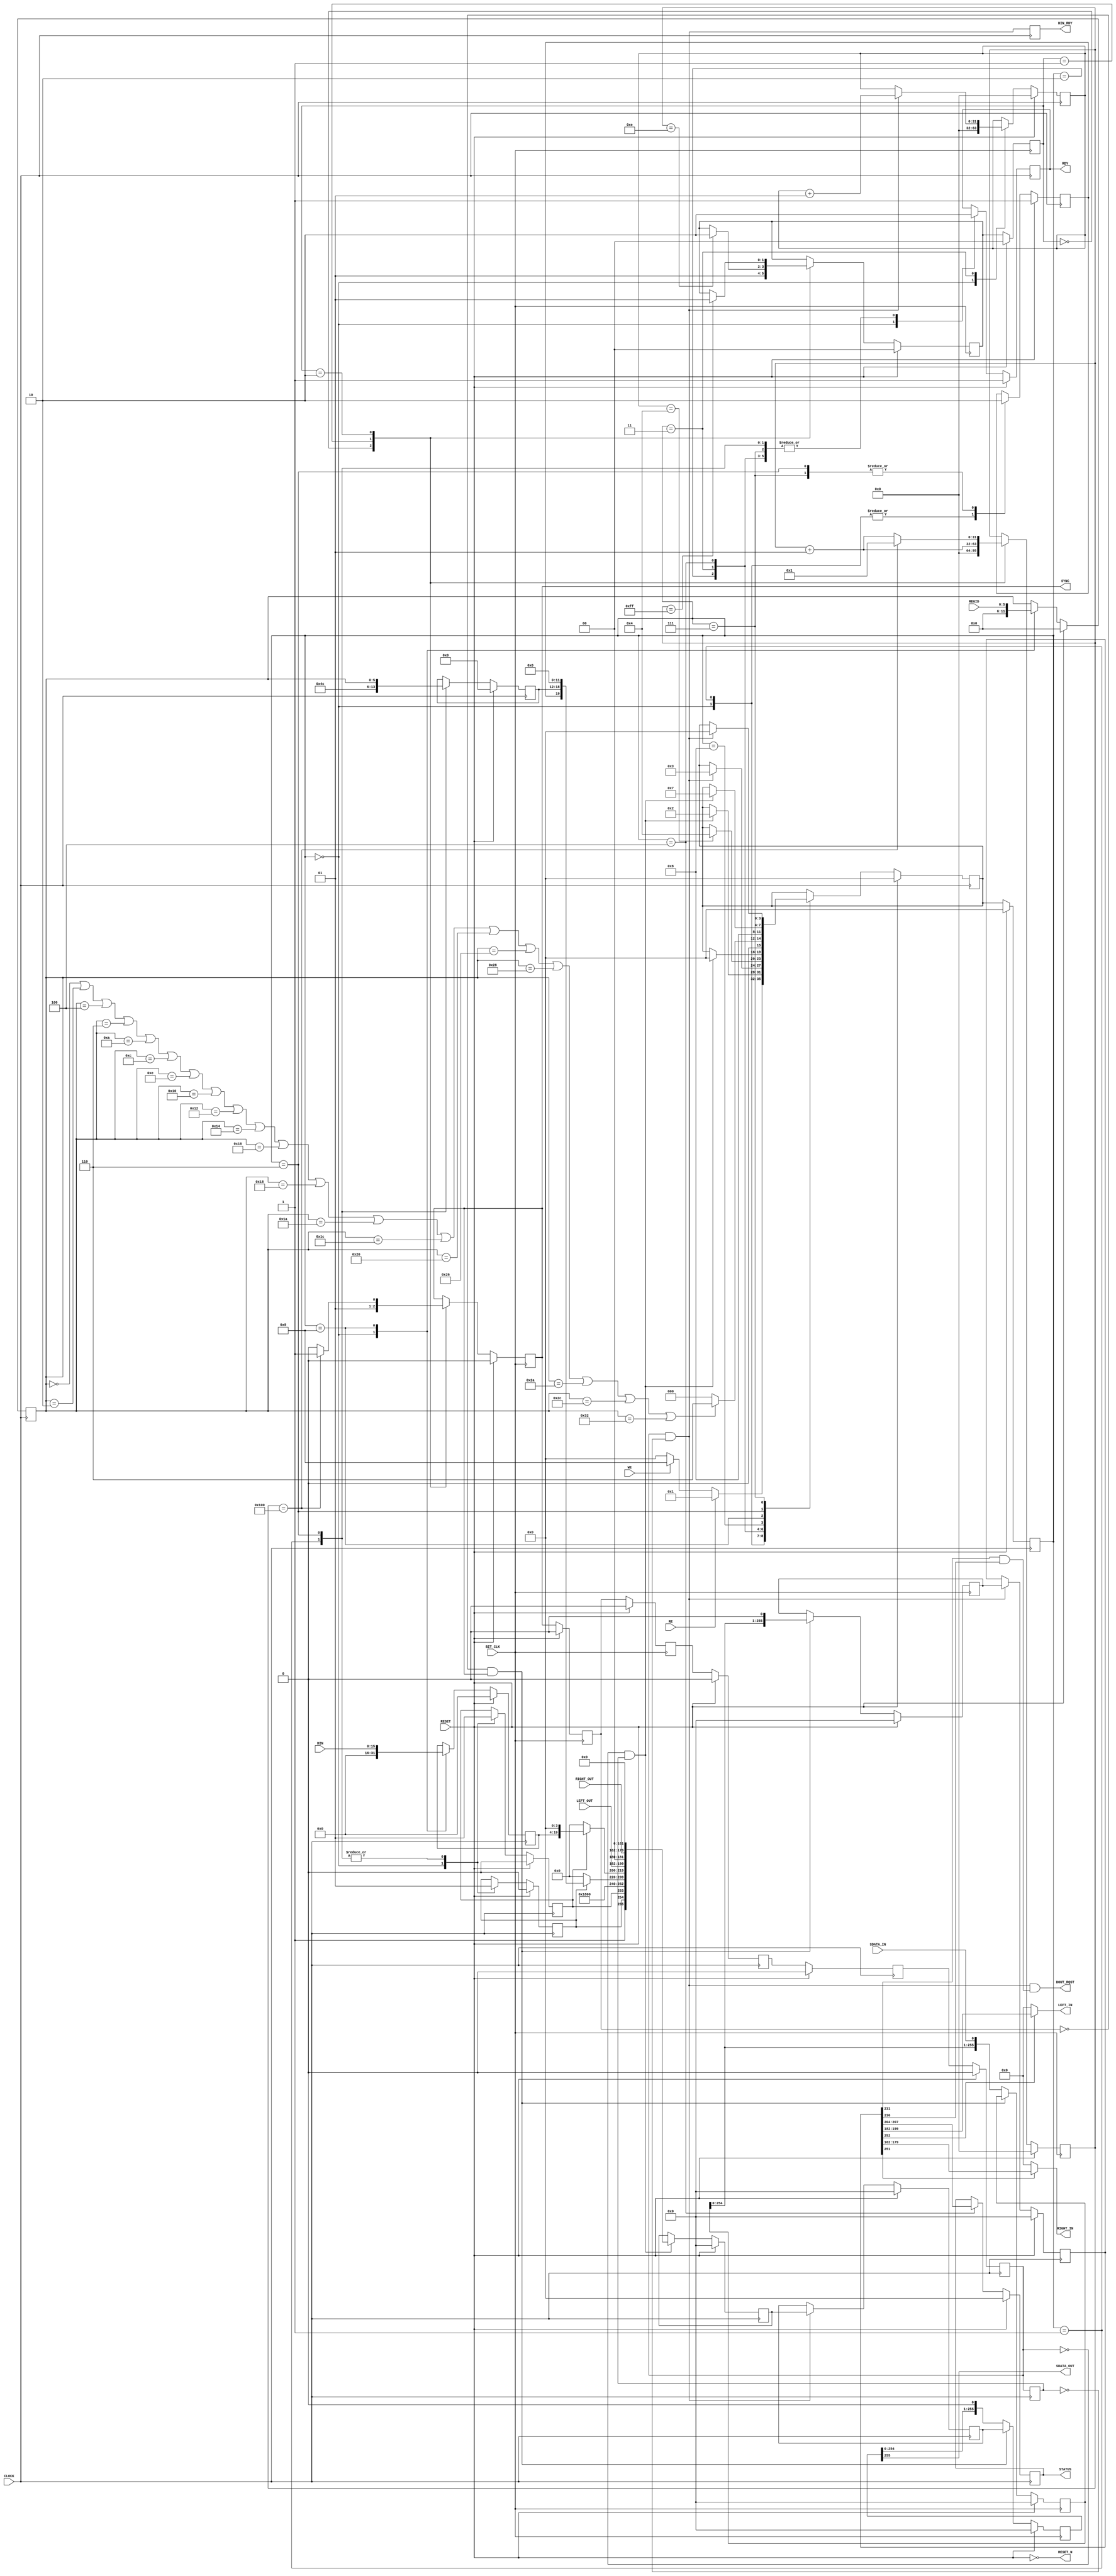
`timescale 1ns/1ps

module LM4550_controler(
                SDATA_IN,
                SDATA_OUT,
                SYNC,
                BIT_CLK,
                RESET_N,
                DIN,
                REGID,
                STATUS,
                WE,
                RE,
                RDY,
                DIN_RDY,
                RIGHT_IN,
                LEFT_IN,
                DOUT_RQST,
                RIGHT_OUT,
                LEFT_OUT,
                RESET,
                CLOCK);
                
  input WE,RE,RESET,CLOCK,BIT_CLK;
  input [5:0]REGID;//especifica q registo  para escrever
  input [15:0]DIN;//data para configurar registos do codec so escreve qnd WE esta activo
  input [17:0] RIGHT_OUT,LEFT_OUT;//Sinais de audio para o DAC do codec
  input SDATA_IN;//serial data vinda do codec interface de leitura com o codec 256 bits pra ler
  
  output [3:0]STATUS;//estados dos registos de configurao do codec
  output RDY;//restrio de leitura e escrita no registo de configuraao
  output DIN_RDY;//diz que uma nova amostra de audio(LEFT_IN,RIGHT_IN) se encotra pronta a ser utilizada
  output [17:0]RIGHT_IN,LEFT_IN;//amostras de audio
  output DOUT_RQST;//bit que simboliza uma nova amostra de audio para ser mandada para o codec
  output SDATA_OUT;//data serie para ser enviado para o codec 
  output SYNC;// sinal de sincronismo 
  output RESET_N; //sinal de reset para o codec active low
  
//Inputs Outputs cm o codec
wire WE,RE;
wire BIT_CLK;
wire [5:0] REGID;
wire [15:0] DIN;
wire [17:0]RIGHT_OUT,LEFT_OUT;
wire SDATA_IN;

//Inputs Outputs 
wire [3:0] STATUS;
reg RDY,DIN_RDY;
wire [17:0] RIGHT_IN,LEFT_IN;
wire DOUT_RQST;
wire SDATA_OUT;//<-----devia ser wire
reg SYNC;
wire RESET_N;


assign RESET_N=(~ RESET);//


//###############################FSM PARA GERAO Do SYNC#############################
reg [1:0] STATE,NEXTSTATE;
integer count;
parameter INI =2'b00,
          S1=2'b01,
          S2=2'b10;

always @(posedge BIT_CLK)//OR POSEDGE RESETR
  begin
   if(RESET)
        STATE<=INI;
    else
      STATE<=NEXTSTATE;
  end

always @(posedge BIT_CLK)
if ( RESET )
  NEXTSTATE <= INI;
else
   case(STATE)
      INI:
			NEXTSTATE<=S1;
      S1:
        if(count==14)
			NEXTSTATE<=S2;
	S2:
		if(count==255)
			NEXTSTATE<=S1;
		
	endcase

  always @(posedge BIT_CLK)
  if ( RESET )
  begin
    SYNC<=0;
    count<=0;
  end 
  else
     case(STATE)
       INI:
           begin
              SYNC<=0;
              count<=0;
            end
        S1:begin
            SYNC<=1;
            count<=count+1;
           end
        S2: 
			if(count==256)
                begin
			          count<=1;
			           SYNC<=1;
			    end
            else
              begin
               SYNC<=0;
               count<=count+1;
              end
   endcase

////FSM PARA RECEBER ENVIAR DADOS CODEC////////////////////
reg SYNC_REGISTER_READY;
wire POSEDGE_SYNC_REGISTER,NEGEDGE_SYNC_REGISTER;
reg DELAY_SYNC1,DELAY_SYNC2,DELAY_SYNC_REGISTER,SYNC_REGISTER,DELAY_SYNC_REGISTER2;
wire NEGEDGE_SYNC;
reg [3:0] STATUS_REG;
wire POSEDGE_SYNC;//<<<<<<<<<<<<<<<<<<<<<<<<<<<<<<<<<tava wire




 //-----------------------------------------------------------------------------------------------------------------
 //enviar e receber os bits em serie
reg [255:0] DATA_RECEIVED;
reg [255:0] DATA_TO_SEND;
reg [255:0] OUT_SHIFT, IN_SHIFT;
 
 always @(posedge BIT_CLK)
	begin
		if(RESET)
				begin
					OUT_SHIFT<=0;
				end
		else if(POSEDGE_SYNC)
				begin
					OUT_SHIFT<=DATA_TO_SEND;
				end
		else
				begin
					OUT_SHIFT<={OUT_SHIFT[254:0],1'b0};
					//IN_SHIFT={IN_SHIFT[254:0],SDATA_IN};
				end
		end
	
//-----leitura no negedge escrita  no posefge
	always @(negedge BIT_CLK)
		begin
		if(RESET)
		begin
		  IN_SHIFT<=0;
		  DATA_RECEIVED<=0;
		end
		else if(POSEDGE_SYNC)
					DATA_RECEIVED<={IN_SHIFT[254:0],1'b0};
			else
				IN_SHIFT <= {IN_SHIFT[254:0],SDATA_IN};
		end
	
 assign SDATA_OUT=OUT_SHIFT[255];
 

	//#############################SEPARAR DOMINIOS DE RELOGIO
	
	
	
always @(posedge BIT_CLK)
if ( RESET )
begin
  DELAY_SYNC1<=0;
  DELAY_SYNC2<=0;
end
else
    begin
      DELAY_SYNC1<=SYNC;
      DELAY_SYNC2<=DELAY_SYNC1;  //atrasa o SYNC 2 BIT_CLK's
    end
      
assign POSEDGE_SYNC =((~DELAY_SYNC1) & SYNC);
assign NEGEDGE_SYNC=(DELAY_SYNC1 & (~SYNC));
	  
always@(posedge CLOCK)
if ( RESET )
	begin
	  DELAY_SYNC_REGISTER<=0;
	  DELAY_SYNC_REGISTER2<=0;
      SYNC_REGISTER<=0;//Gera o SYNC_REGISTER
	end
	else
	begin
	  DELAY_SYNC_REGISTER<=DELAY_SYNC2;
	  DELAY_SYNC_REGISTER2<=DELAY_SYNC_REGISTER;
      SYNC_REGISTER<=DELAY_SYNC_REGISTER2;//Gera o SYNC_REGISTER
	end


reg VALID_STATUS;
reg [255:0] FRAME_IN,FRAME_OUT;
wire[15:0] FRAME_IN_TAG,FRAME_OUT_TAG;
wire [19:0] FRAME_IN_SLOT1,FRAME_IN_SLOT2,FRAME_IN_SLOT3,FRAME_IN_SLOT4;
wire[19:0] FRAME_OUT_SLOT1,FRAME_OUT_SLOT2,FRAME_OUT_SLOT3,FRAME_OUT_SLOT4;
wire VALID_LEFT_PCM,VALID_RIGHT_PCM;
wire CODEC_READY;
wire RIGHT_PCM_RQST,LEFT_PCM_RQST;
reg VALID_REGISTER_ADRESS,VALID_REGISTER_DATA,READ_WRITE;
reg [6:0] SEND_VALID_REG;   //adicionado
reg [15:0] DIN_REG;
reg [5:0] REGID_REG;



assign FRAME_IN_TAG=FRAME_IN[255:240];
assign FRAME_IN_SLOT1=FRAME_IN[239:220];
assign FRAME_IN_SLOT2=FRAME_IN[219:200];
assign FRAME_IN_SLOT3=FRAME_IN[199:180];
assign FRAME_IN_SLOT4=FRAME_IN[179:160];

assign CODEC_READY=FRAME_IN_TAG[15];
assign VALID_LEFT_PCM=FRAME_IN_TAG[12]; //amostras de audio validas
assign VALID_RIGHT_PCM=FRAME_IN_TAG[11];
assign LEFT_PCM_RQST=FRAME_IN_SLOT1[11];//requests de novas amostras de audio
assign RIGHT_PCM_RQST=FRAME_IN_SLOT1[10];


//sincronizaao entre os 2 dominios de relogio
always @(posedge CLOCK)
  if(RESET)
    begin
      FRAME_IN<=0;
      DATA_TO_SEND<=0;
     end
  else
    if(POSEDGE_SYNC_REGISTER)
    begin
      FRAME_IN<=DATA_RECEIVED;
      DATA_TO_SEND<=FRAME_OUT;
    end
  //*************************************************************
  
always@(posedge CLOCK)
  if ( RESET )
      begin 
        SYNC_REGISTER_READY<=SYNC_REGISTER;
        DIN_RDY <= POSEDGE_SYNC_REGISTER; //calculo da saida DIN_RDY
      end
      else
      begin 
        SYNC_REGISTER_READY<=SYNC_REGISTER;
        DIN_RDY <= POSEDGE_SYNC_REGISTER; //calculo da saida DIN_RDY
      end
    
assign  POSEDGE_SYNC_REGISTER=(SYNC_REGISTER &(~SYNC_REGISTER_READY));
assign NEGEDGE_SYNC_REGISTER=((~SYNC_REGISTER)&SYNC_REGISTER_READY);
 
assign DOUT_RQST=POSEDGE_SYNC_REGISTER & (LEFT_PCM_RQST & RIGHT_PCM_RQST);
    
    
//  Gerar Amostras de audio |255 T 240|239 1 220|219 2 200|199 3 180|179 4 160|
assign LEFT_IN = VALID_LEFT_PCM ? FRAME_IN_SLOT3[19:2]:18'd0;
assign RIGHT_IN = VALID_RIGHT_PCM ? FRAME_IN_SLOT4[19:2]:18'd0;




//Gerar uma nova frame


assign FRAME_OUT_TAG={1'b1,VALID_REGISTER_ADRESS,VALID_REGISTER_DATA,2'b11,11'd0};
assign FRAME_OUT_SLOT1= VALID_REGISTER_ADRESS? {READ_WRITE,SEND_VALID_REG,12'd0}:0;  // alterado
assign FRAME_OUT_SLOT2 = VALID_REGISTER_DATA? {DIN_REG,4'd0}:0;
assign FRAME_OUT_SLOT3={LEFT_OUT,2'd0};
assign FRAME_OUT_SLOT4={RIGHT_OUT,2'd0};


always@(posedge CLOCK)
  if(RESET)
    FRAME_OUT<=0;
  else
     if(NEGEDGE_SYNC_REGISTER)
       begin
         FRAME_OUT<={FRAME_OUT_TAG,FRAME_OUT_SLOT1,FRAME_OUT_SLOT2,	FRAME_OUT_SLOT3,FRAME_OUT_SLOT4,160'b0};
       end
  
//FSM PARA LER E ESCREVER REGISTOS
  
reg [3:0] STATE_REG,NEXTSTATE_REG;
integer count_reg=0;
parameter INI_REG=4'b0000,
          S1_REG =4'b0001,
          S2_REG =4'b0010,
          S3_REG =4'b0011,
          S4_REG =4'b0100,
          S5_REG =4'b0101,
          S6_REG =4'b0110,
          S7_REG =4'b0111,
          S8_REG_CAPT=4'b1000,
          S9_REG_CAPTURE=4'b1001;
          

          
always @(posedge CLOCK)
  begin
    if(RESET)
        STATE_REG<=INI_REG;
    else
      STATE_REG <= NEXTSTATE_REG;
  end
  

always @(posedge CLOCK)
if ( RESET )
begin
  NEXTSTATE_REG<=0;
end
else
   case(STATE_REG)
      INI_REG:
		begin
			if(RE)
				NEXTSTATE_REG<=S1_REG;
           else if(WE)
				NEXTSTATE_REG<=S9_REG_CAPTURE;
				else
				NEXTSTATE_REG<=INI_REG;
			end
       S1_REG:
        begin         
           if(NEGEDGE_SYNC_REGISTER)
			NEXTSTATE_REG<=S2_REG;
        end
          
      S2_REG:
        begin
          if(POSEDGE_SYNC_REGISTER)
			NEXTSTATE_REG<=S3_REG;
        end 
            
      S3_REG:
        begin
           if(count_reg==4)
			NEXTSTATE_REG<=S4_REG;
         
      end
      
      S4_REG:
        begin
          if(/*POSEDGE_SYNC_REGISTER*/NEGEDGE_SYNC_REGISTER)
            NEXTSTATE_REG<=/*S5_REG*/INI_REG;
      
       end
       

      
	  S8_REG_CAPT:
      begin 
      if(REGID_REG == 6'h00 || REGID_REG == 6'h02 || REGID_REG == 6'h04 ||
                   REGID_REG == 6'h06 || REGID_REG == 6'h0A || REGID_REG == 6'h0C || 
                   REGID_REG == 6'h0E || REGID_REG == 6'h10 || REGID_REG == 6'h12 ||
                   REGID_REG == 6'h14 || REGID_REG == 6'h16 || REGID_REG == 6'h18 ||
                   REGID_REG == 6'h1A || REGID_REG == 6'h1C || REGID_REG == 6'h20 || 
                   REGID_REG == 6'h26 || REGID_REG == 6'h28 || REGID_REG == 6'h2A ||
                   REGID_REG == 6'h2C || REGID_REG == 6'h32)
            NEXTSTATE_REG<=S6_REG;
      else
            NEXTSTATE_REG<=INI_REG;
      end
      S9_REG_CAPTURE:
			NEXTSTATE_REG<=S8_REG_CAPT;
      S6_REG:
		  if(NEGEDGE_SYNC_REGISTER)
            NEXTSTATE_REG<=S7_REG;
          
      
	  S7_REG:
       
         if(POSEDGE_SYNC_REGISTER)
            NEXTSTATE_REG<=INI_REG;
	
        
endcase
      
          
always @(posedge CLOCK)
if ( RESET )
          begin 
            RDY<=1;
            count_reg<=0;
            VALID_STATUS<=0;
			REGID_REG <= 0;
            DIN_REG <= 0;
			VALID_REGISTER_ADRESS<=0;
			VALID_REGISTER_DATA<=0;
			READ_WRITE<=1;
			SEND_VALID_REG<= 0;
			STATUS_REG<=0;
        end
		else
     case(STATE_REG)
        INI_REG:
          begin 
            RDY<=1;
            count_reg<=0;
            VALID_STATUS<=0;
			REGID_REG <= 0;
             DIN_REG <= 0;
			 VALID_REGISTER_ADRESS<=0;
			VALID_REGISTER_DATA<=0;
			READ_WRITE<=1;
        end
        S1_REG:
          begin
            RDY<=0;
			READ_WRITE<=1;
			VALID_REGISTER_ADRESS<=1;
			VALID_REGISTER_DATA<=1;
		    SEND_VALID_REG<={1'b0,6'h26}; //adicionado 
		  end
        S2_REG:
			begin
				RDY<=0;
			end
        S3_REG: 
          begin
            RDY<=0;
            if(POSEDGE_SYNC_REGISTER)
              begin
                count_reg<=count_reg +1;
              end
           end
        S4_REG: 
		begin
		RDY<=0;
		VALID_STATUS<=1;
		STATUS_REG<=FRAME_IN_SLOT2[7:4];
		end
        /*S5_REG:
          begin
            RDY<=1;
            //VALID_STATUS<=1;
         end*/
        S6_REG: 
          begin
            RDY<=0;
            READ_WRITE<=0;
			VALID_REGISTER_ADRESS<=1;
			VALID_REGISTER_DATA<=1;
			 SEND_VALID_REG<={1'b0,REGID_REG}; //adicionado
				 
        end
        S7_REG:
          begin
           RDY<=0;
           READ_WRITE<=0;
          end
        S9_REG_CAPTURE:
            begin
             REGID_REG <= REGID;
             DIN_REG <= DIN;
            end  
 endcase


assign STATUS=STATUS_REG;

endmodule